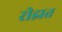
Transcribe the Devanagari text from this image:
रीझत